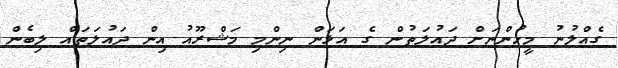
ގެއްލުނު މީހުންނަށް ދައުލަތުން ގެ އަޅަން ނިންމި މަޝްރޫއު އިން ދައުލަތައް ލިބެން